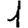
Digit: 1